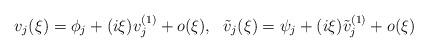
LaTeX: \begin{align*}v_j(\xi)=\phi_j+(i\xi)v_j^{(1)}+o(\xi),~~\tilde v_j(\xi)=\psi_j+(i\xi)\tilde v_j^{(1)}+o(\xi)\end{align*}